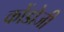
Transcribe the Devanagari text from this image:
कोंडोजी